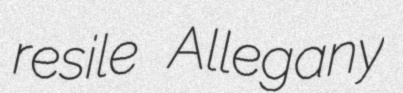
resile Allegany